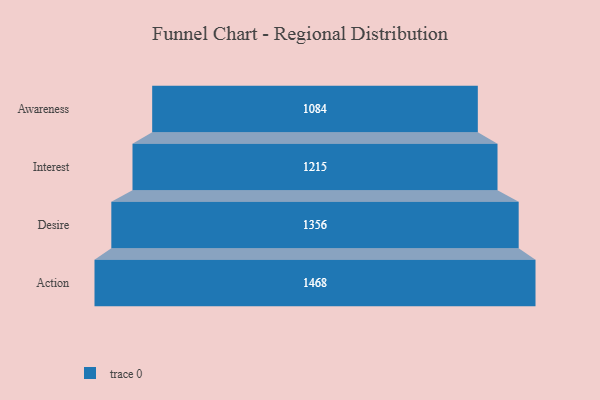
{"axis": {"x": "Stage", "y": "Value"}, "legend": [""], "data": [{"x": "Awareness", "y": 1084.0, "type": ""}, {"x": "Interest", "y": 1215.0, "type": ""}, {"x": "Desire", "y": 1356.0, "type": ""}, {"x": "Action", "y": 1468.0, "type": ""}]}